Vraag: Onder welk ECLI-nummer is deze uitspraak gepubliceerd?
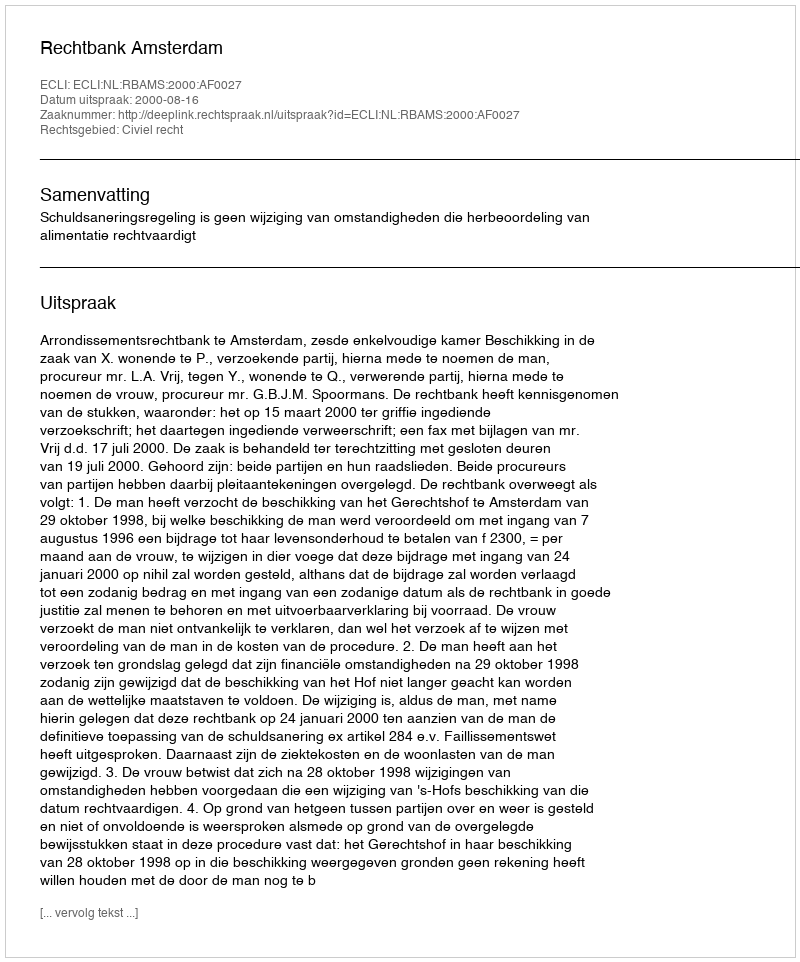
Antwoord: ECLI:NL:RBAMS:2000:AF0027